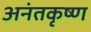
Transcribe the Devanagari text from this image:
अनंतकृष्ण